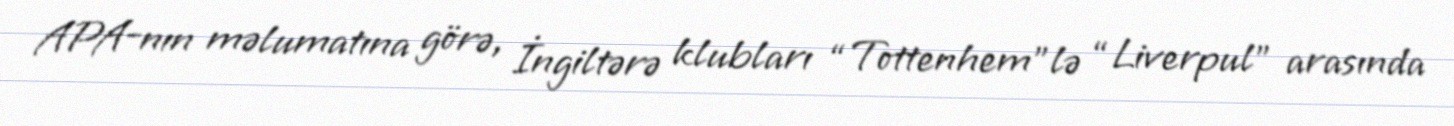
APA-nın məlumatına görə, İngiltərə klubları “Tottenhem”lə “Liverpul” arasında